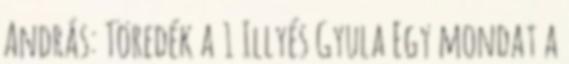
András: Töredék a 1 Illyés Gyula Egy mondat a